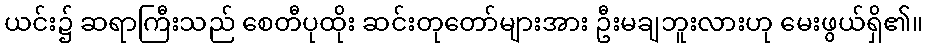
ယင်း၌ ဆရာကြီးသည် စေတီပုထိုး ဆင်းတုတော်များအား ဦးမချဘူးလားဟု မေးဖွယ်ရှိ၏။